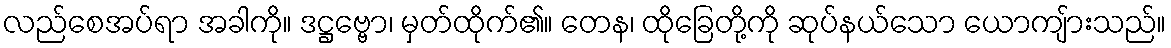
လည်စေအပ်ရာ အခါကို။ ဒဋ္ဌဗ္ဗော၊ မှတ်ထိုက်၏။ တေန၊ ထိုခြေတို့ကို ဆုပ်နယ်သော ယောကျ်ားသည်။